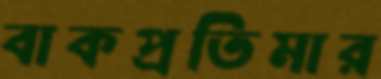
বাকপ্রতিমার